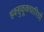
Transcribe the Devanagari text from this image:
हकहुकूकधारियों